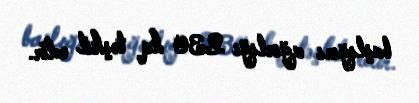
başlığını ağırlığı 230 kq təşkil edir.